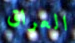
العراق